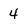
Character: 4